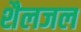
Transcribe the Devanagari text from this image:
शैलजल